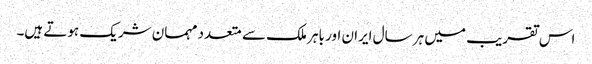
اس تقریب میں ہر سال ایران اور باہر ملک سے متعدد مہمان شریک ہوتے ہیں۔